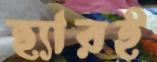
হ্যারই